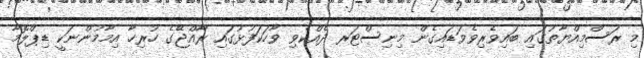
މި ރަސްމިއްޔާތުގައި ބައިވެރިވެވަޑައިގެން މިނިސްޓަރ ދެއްކެވި ވާހަކަފުޅުގައި ރާއްޖޭގެ ހުރިހާ އިމާމުންނަކީ ޑިޕްލޮމާ